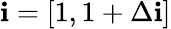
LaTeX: \mathbf{i}=[1,{1+\Delta\mathbf{i}}]